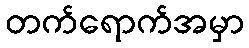
တက်ရောက်အမှာ